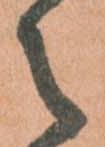
之